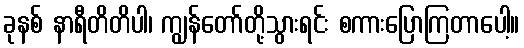
ခုနစ် နာရီတိတိပါ၊ ကျွန်တော်တို့သွားရင်း စကားပြောကြတာပေါ့။